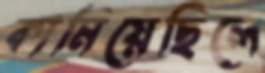
কামিয়েছিলে